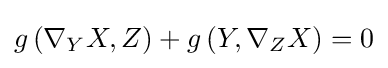
g\left(\nabla _{Y}X,Z\right)+g\left(Y,\nabla _{Z}X\right)=0